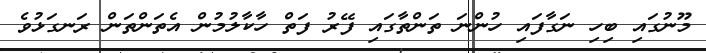
މޫނުގައި ބިހި ނަގާފައި ހުންނަ ތަންތާގައި ފޭރު ފަތް ހާކާލުމުން އެތަންތަން ރަނގަޅުވެ